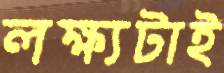
লক্ষ্যটাই